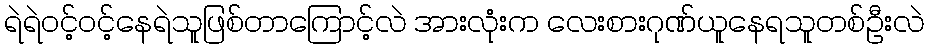
ရဲရဲဝင့်ဝင့်နေရဲသူဖြစ်တာကြောင့်လဲ အားလုံးက လေးစားဂုဏ်ယူနေရသူတစ်ဦးလဲ